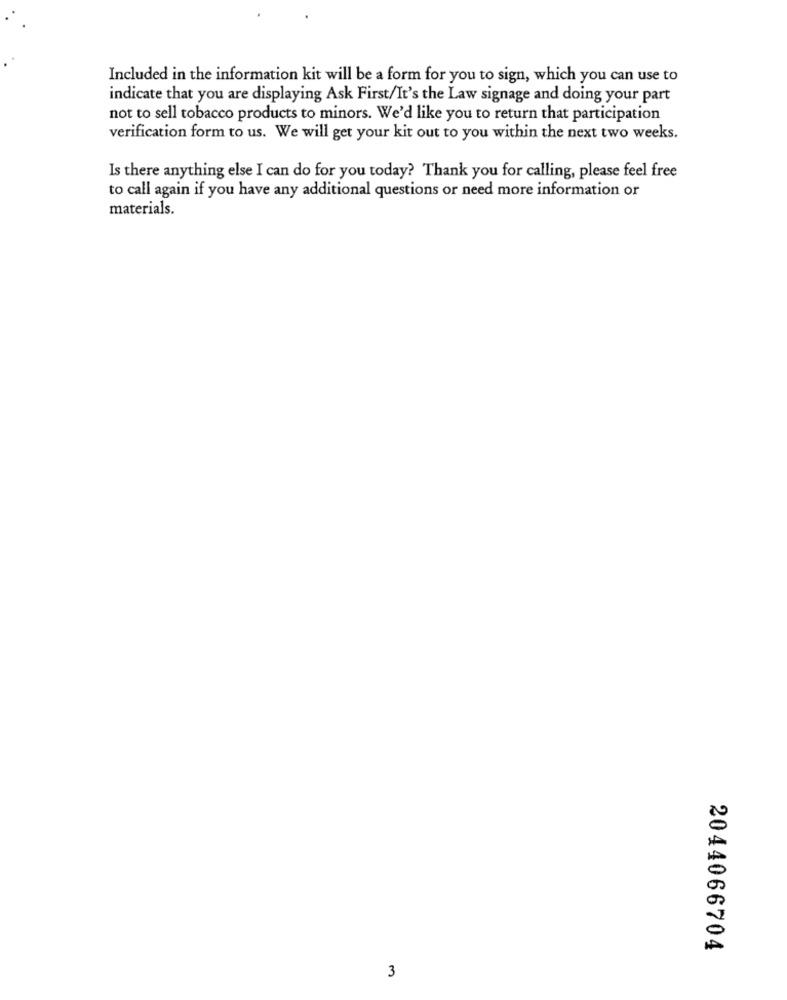
Included in the information kit will be a form for you to sign, which you can use to
indicate that you are displaying Ask First/It's the Law signage and doing your part
not to sell tobacco products to minors. We'd like you to return that participation
verification form to us. We will get your kit out to you within the next two weeks.
Is there anything else I can do for you today? Thank you for calling, please feel free
to call again if you have any additional questions or need more information or
materials.
2044066704
3